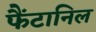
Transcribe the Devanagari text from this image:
फैंटानिल